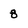
Character: 8